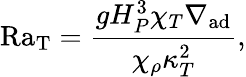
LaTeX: \mathrm{Ra_{T}}={\frac{gH_{P}^{3}\chi_{T}\nabla_{\mathrm{ad}}}{\chi_{\rho}\kappa_{T}^{2}}},